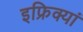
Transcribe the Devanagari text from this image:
इफ्रिक्यां